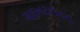
ચાઇનટાઉનના